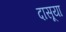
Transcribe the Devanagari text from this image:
दासूया